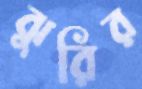
ঝুরির